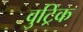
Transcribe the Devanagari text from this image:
वुट्रिक